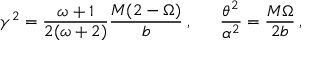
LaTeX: \gamma ^ { 2 } = \frac { \omega + 1 } { 2 ( \omega + 2 ) } \frac { M ( 2 - \Omega ) } { b } \: , \: \: \: \: \: \: \: \frac { \theta ^ { 2 } } { \alpha ^ { 2 } } = \frac { M \Omega } { 2 b } \: ,